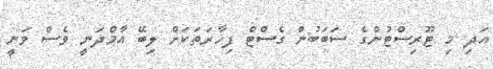
އަދި މި ޓޫރިސްޓުންގެ ސަބަބުން ގެސްޓް ފިހާރަތަކަށް ލިބޭ އާމްދަނީ ވެސް ވަނީ